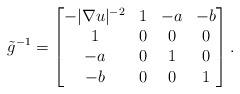
LaTeX: \begin{align*} \tilde{g}^{-1}=\begin{bmatrix} -|\nabla u|^{-2} &1 & -a &-b \\ 1&0&0&0 \\ -a&0&1&0 \\-b&0&0&1 \end{bmatrix}.\end{align*}